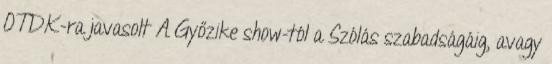
OTDK-ra javasolt A Győzike show-tól a Szólás szabadságáig, avagy